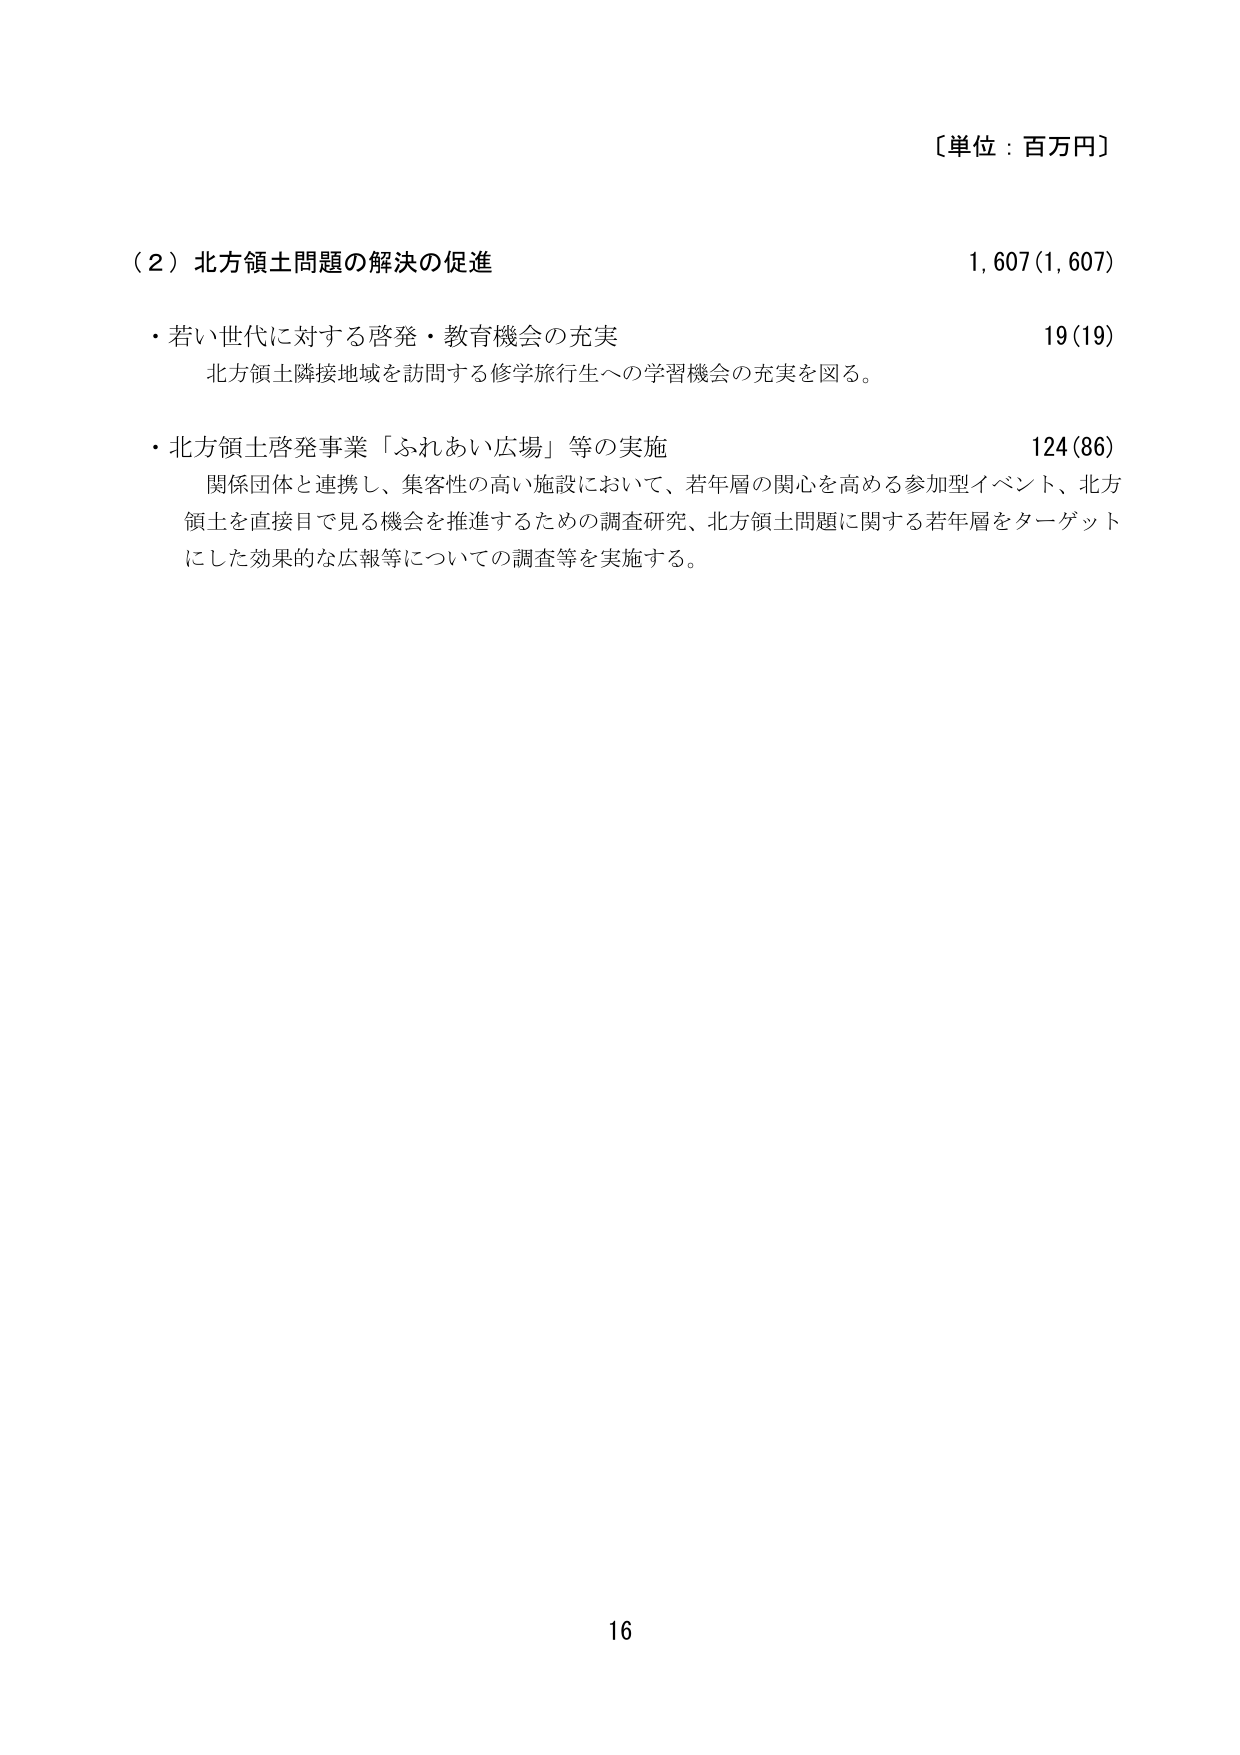
〔単位：百万円〕

（２）北方領土問題の解決の促進　　1,607(1,607)

・若い世代に対する啓発・教育機会の充実　　19(19)
　北方領土隣接地域を訪問する修学旅行生への学習機会の充実を図る。

・北方領土啓発事業「ふれあい広場」等の実施　　124(86)
　関係団体と連携し、集客性の高い施設において、若年層の関心を高める参加型イベント、北方
　領土を直接目で見る機会を推進するための調査研究、北方領土問題に関する若年層をターゲット
　にした効果的な広報等についての調査等を実施する。

16